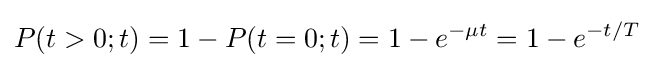
P(t>0;t)=1-P(t=0;t)=1-e^{-\mu t}=1-e^{-t/T}